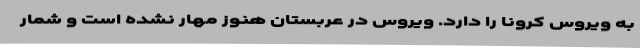
به ویروس کرونا را دارد. ویروس در عربستان هنوز مهار نشده است و شمار